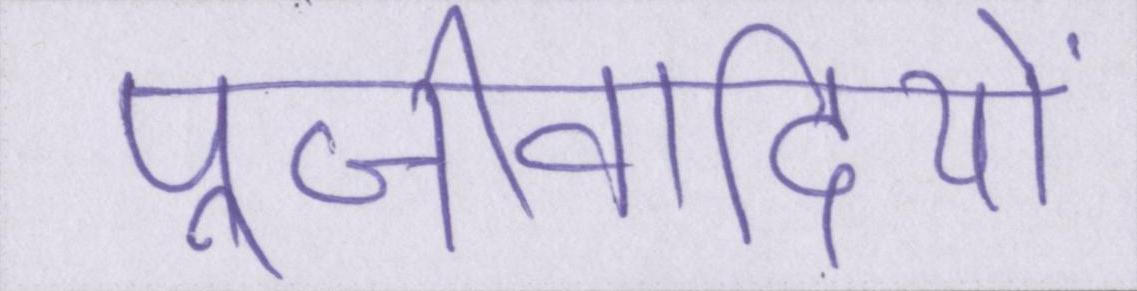
पूँजीवादियों